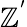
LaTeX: \mathbb{Z}^{'}